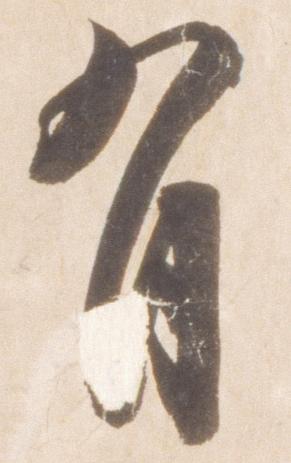
有